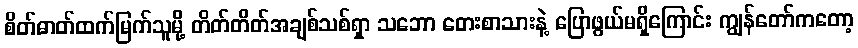
စိတ်ဓာတ်ထက်မြက်သူမို့ တိတ်တိတ်အချစ်သစ်ရှာ သဘော တေးစာသားနဲ့ ပြောဖွယ်မရှိကြောင်း ကျွန်တော်ကတော့